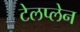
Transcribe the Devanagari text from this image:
टेलप्लेन